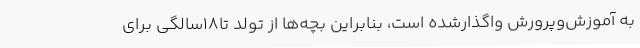
به آموزش‌وپرورش واگذارشده است، بنابراین بچه‌ها از تولد تا18سالگی برای